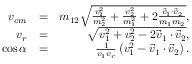
\begin{array} { r l r } { v _ { c m } } & { = } & { m _ { 1 2 } \sqrt { \frac { v _ { 1 } ^ { 2 } } { m _ { 2 } ^ { 2 } } + \frac { v _ { 2 } ^ { 2 } } { m _ { 1 } ^ { 2 } } + 2 \frac { \vec { v } _ { 1 } \cdot \vec { v } _ { 2 } } { m _ { 1 } m _ { 2 } } } , } \\ { v _ { r } } & { = } & { \sqrt { v _ { 1 } ^ { 2 } + v _ { 2 } ^ { 2 } - 2 \vec { v } _ { 1 } \cdot \vec { v } _ { 2 } } , } \\ { \cos \alpha } & { = } & { \frac { 1 } { v _ { 1 } v _ { r } } \left( v _ { 1 } ^ { 2 } - \vec { v } _ { 1 } \cdot \vec { v } _ { 2 } \right) . } \end{array}